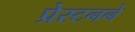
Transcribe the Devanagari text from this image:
प्रेस्टनने